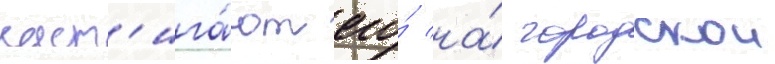
наст'ига́ют его́ на́ городскои